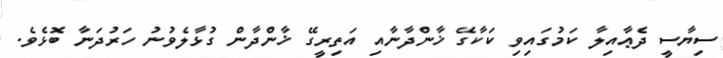
ސިޔާސީ ދެޢާއިލާ ކަމުގައިވި ކަކާގޭ ޚާންދާނާއި އަތިރީގޭ ޚާންދާން ގުޅާލެވުނު ހަރުދަނާ ބޮޅެވެ.